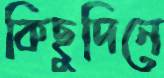
কিছুদিনে